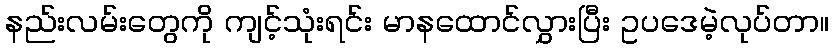
နည်းလမ်းတွေကို ကျင့်သုံးရင်း မာနထောင်လွှားပြီး ဥပဒေမဲ့လုပ်တာ။